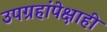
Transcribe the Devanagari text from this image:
उपग्रहांपेक्षाही